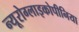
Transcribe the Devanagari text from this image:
न्यूरोग्लाइकोपीनिया